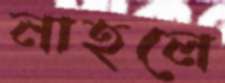
নাহলে